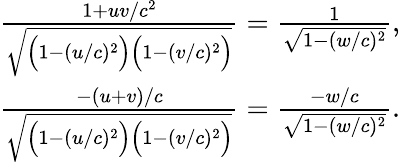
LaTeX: \begin{array}{r}{\frac{1+uv/c^{2}}{\sqrt{\Big(1-(u/c)^{2}\Big)\Big(1-(v/c)^{2}\Big)}}=\frac{1}{\sqrt{1-(w/c)^{2}}},}\\ {\frac{-(u+v)/c}{\sqrt{\Big(1-(u/c)^{2}\Big)\Big(1-(v/c)^{2}\Big)}}=\frac{-w/c}{\sqrt{1-(w/c)^{2}}}.}\end{array}